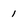
Character: 1